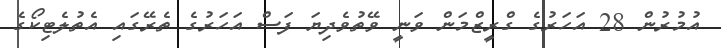
އުމުރުން 28 އަހަރުގެ ގްރީޒްމަން ވަނީ ވޭތުވެދިޔަ ފަސް އަހަރުގެ ތެރޭގައި އެތުލެޓިކޯގެ